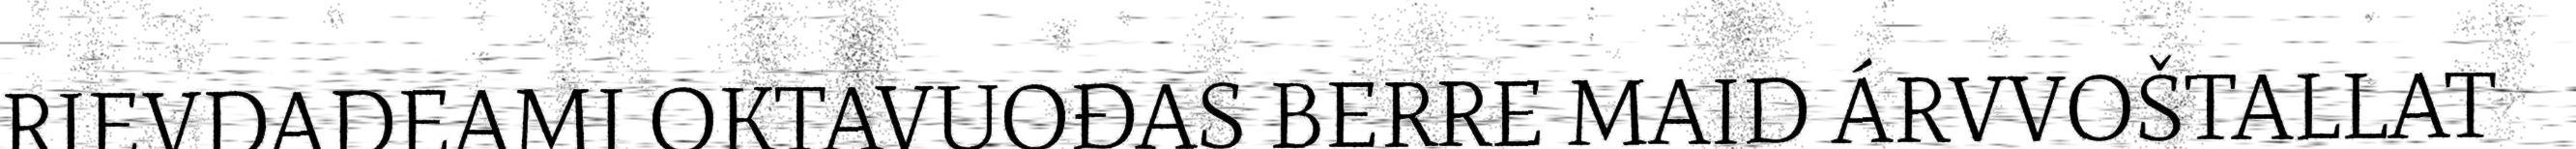
RIEVDADEAMI OKTAVUOĐAS BERRE MAID ÁRVVOŠTALLAT